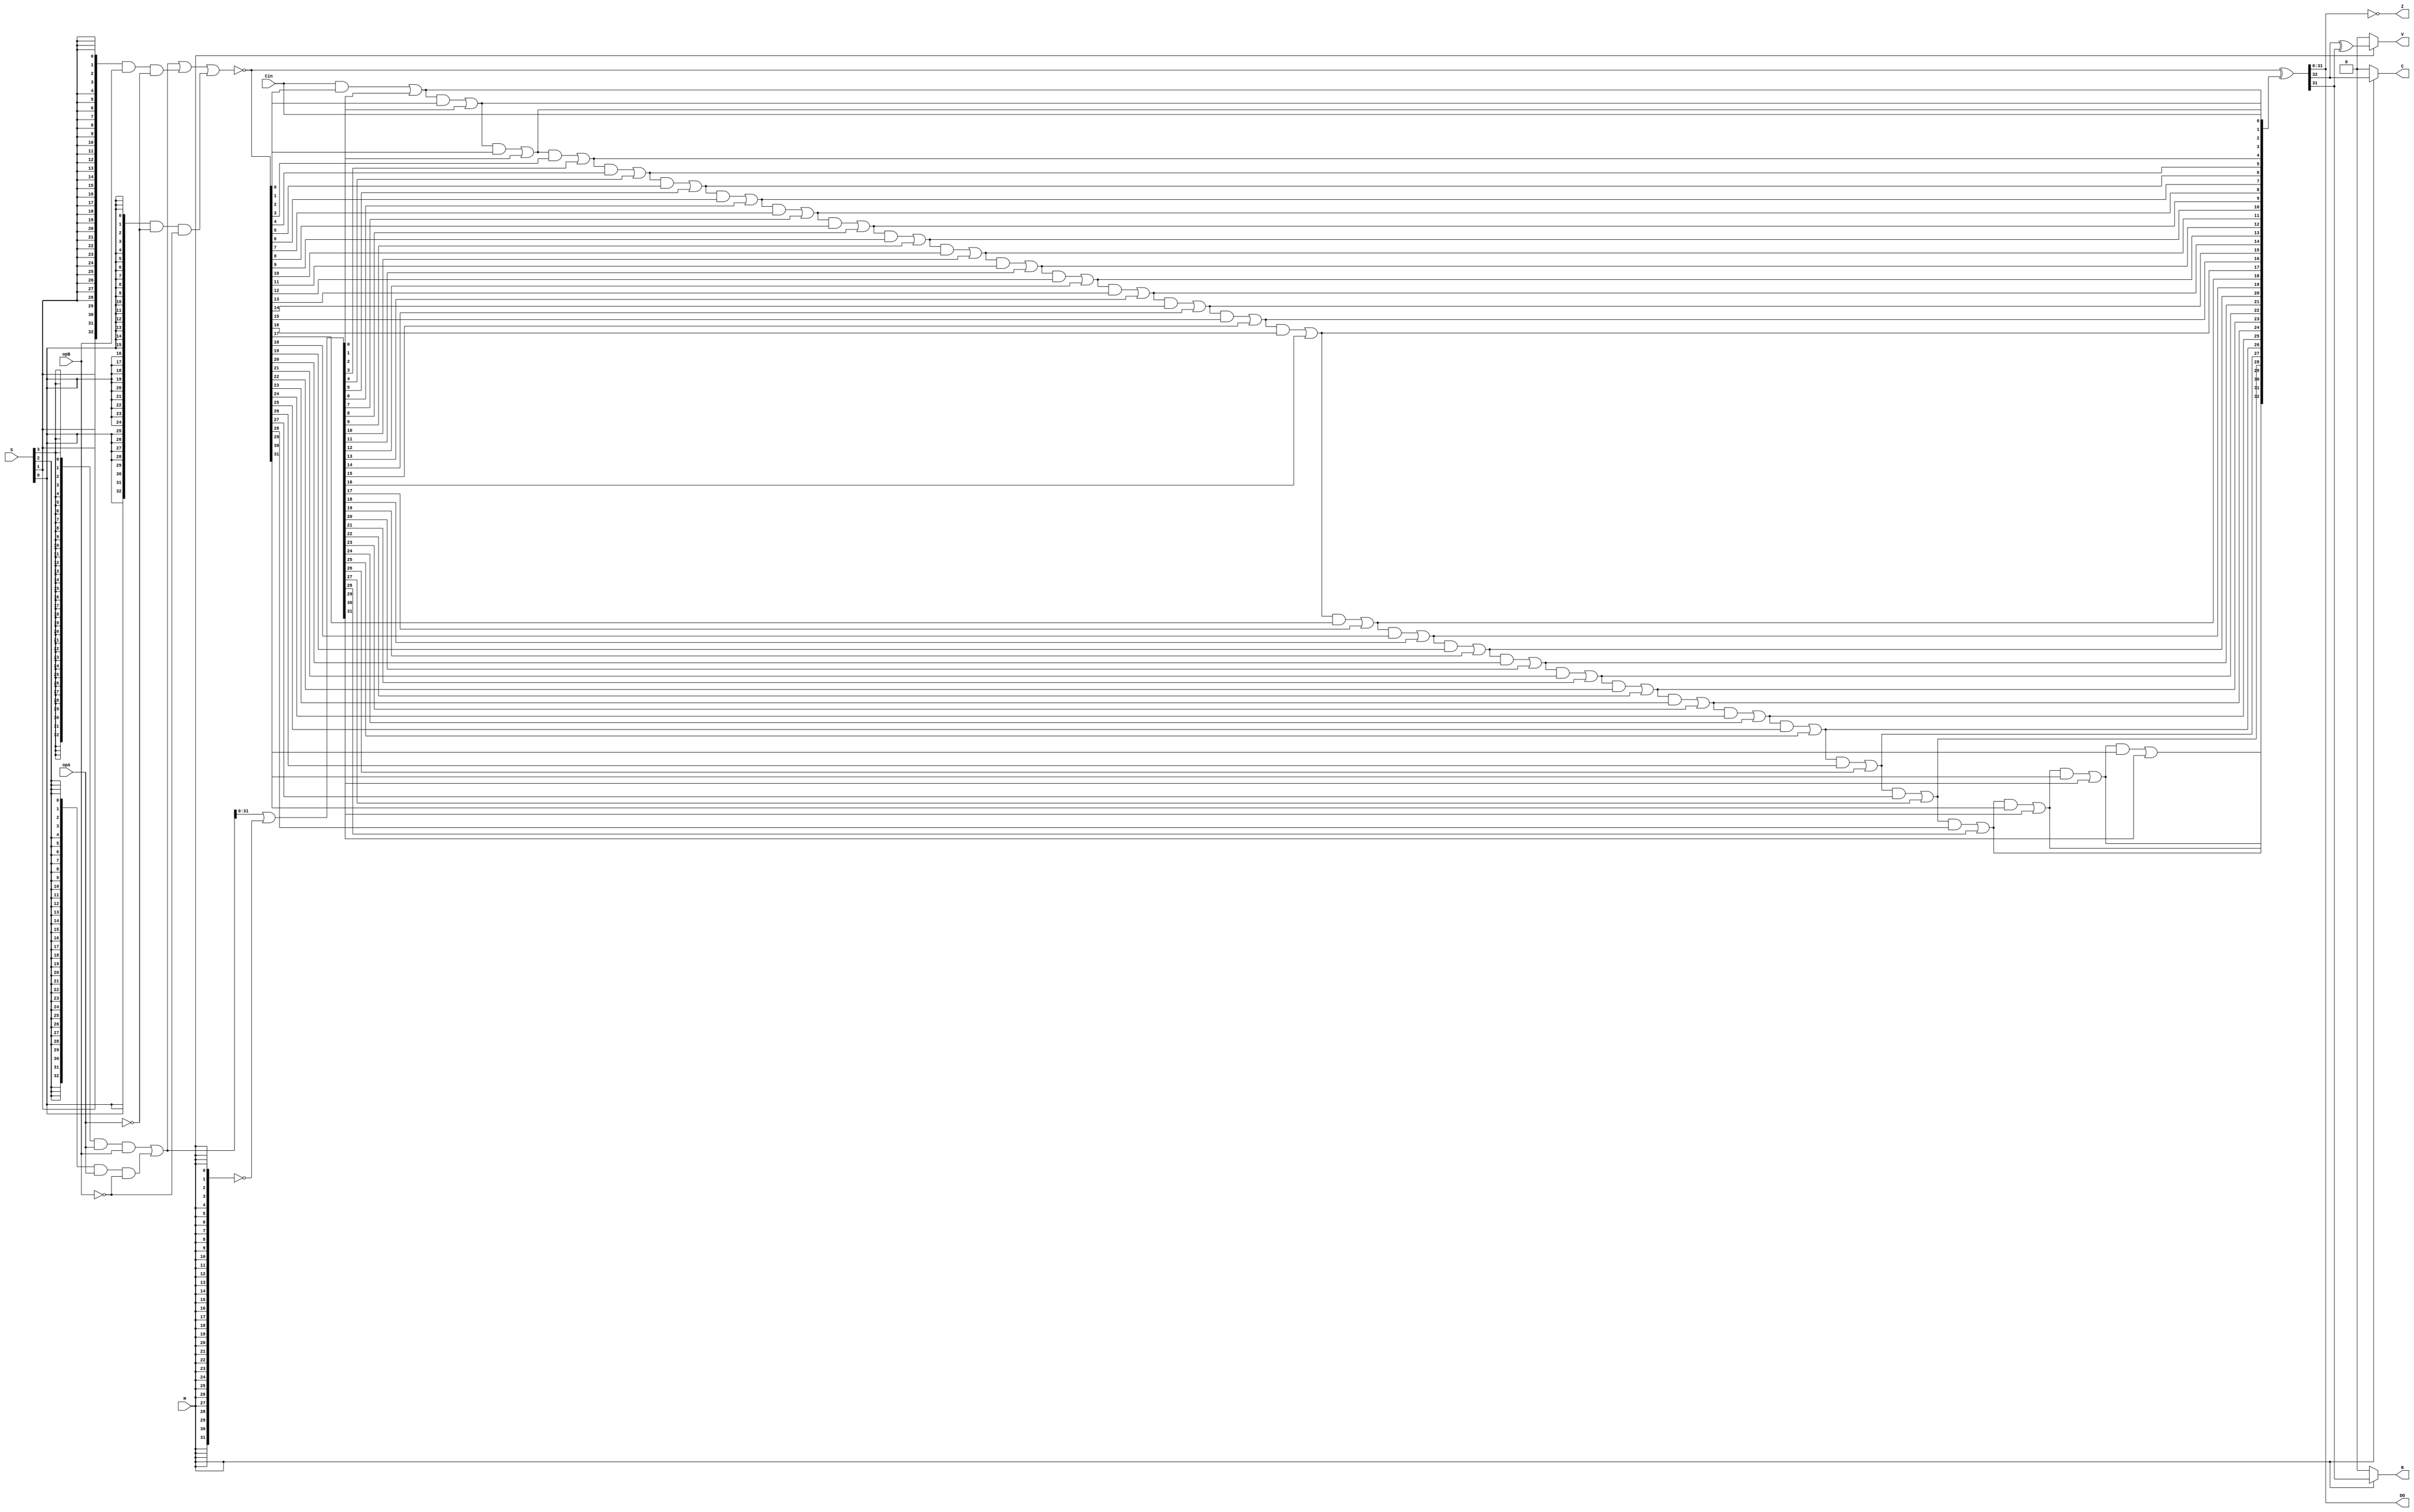
//32ALUALU_Code
module ALU_core#(
	parameter n = 32
	)(
	//input
		opA,	//A
		opB,	//B
		S,		//
		M,		//
		Cin,	//
	//output
		DO,		//
		C,		//
		V,		//
		N,		//DO
		Z,		//DO0
	);
	
	input [n-1:0] opA;
	input [n-1:0] opB;
	input [3:0] 	S;
	input 			M;
	input 		  Cin;
	
	output [n-1:0] DO;
	output 			C;
	output 			V;
	output 			N;
	output 			Z;
	
	//ALU333332
	wire [n:0] opA_ex;
	wire [n:0] opB_ex;
	wire [n:0] 	DO_ex;
	wire [n:0] 		g;
	wire [n:0] 		p;
	wire [n:0] 	   Ci;
	
	wire [n:0] S3_joint;
	wire [n:0] S2_joint;
	wire [n:0] S1_joint;
	wire [n:0] S0_joint;
	wire [n:0] M_joint;
	
	assign S3_joint = {33{S[3]}};
	assign S2_joint = {33{S[2]}};
	assign S1_joint = {33{S[1]}};
	assign S0_joint = {33{S[0]}};
	assign M_joint = {33{M}};
	
	assign opA_ex = {1'b0, opA};
	assign opB_ex = {1'b0, opB};	
	
	
	assign g =   (S3_joint & opA_ex & opB_ex)|(S2_joint & opA_ex & (~opB_ex))|(~M_joint);
	assign p = ~((S3_joint & opA_ex & opB_ex)|(S2_joint & opA_ex & (~opB_ex))|(S1_joint & opB_ex & (~opA_ex))|(S0_joint & (~opA_ex) & (~opB_ex)));
	
	assign Ci[0] = Cin;
	 
	genvar i;
	generate
		for(i=1;i<=32;i=i+1)
			begin: gen_Ci
			assign Ci[i] = ( Ci[i-1] & p[i-1] ) | g[i-1];
			end
	endgenerate

	assign DO_ex = p ^ Ci;
	
	//CVN
	assign DO = DO_ex[31:0];
	assign 	C = (M)?DO_ex[32]:0;
	assign 	V = (M)?(DO_ex[32] ^ DO_ex[31]):0;
	assign 	N = (M)?DO_ex[31]:0;
	assign 	Z = (DO == 0);

	  
endmodule
	
/*	
	always@*
		begin
			case({S,Cin,M})
				000010: DO_ex = 0;
				000110: DO_ex = (!opA_ex)&(!opB_ex);
				001010:	DO_ex = (!opA_ex)&opB_ex;
				001110: DO_ex = !opA_ex;
				010010: DO_ex = opA_ex&(!opB_ex);
				010110: DO_ex = !opB_ex;
				011010: DO_ex = (opA_ex&(!opB_ex))|((!opA_ex)&opB_ex);
				011110: DO_ex = (!opA_ex)|(!opB_ex);
				100010: DO_ex = opA_ex&opB_ex;
				100110: DO_ex = (opA_ex&opB_ex)|((!opA_ex)&(!opB_ex));
				101010: DO_ex = opB_ex;
				101110: DO_ex = (opA_ex&opB_ex)|((!opA_ex)&opB_ex)|((!opA_ex)&(!opB_ex));
				110010: DO_ex = opA_ex;
				110110: DO_ex = (opA_ex&opB_ex)|(opA_ex&(!opB_ex))|((!opA_ex)&(!opB_ex));
				111010: DO_ex = (opA_ex&opB_ex)|((!opA_ex)&opB_ex)|(opA_ex&(!opB_ex));
				111110: DO_ex = {33{1}};
				100101: DO_ex = opA_ex + opB_ex + Cin;
				011011: DO_ex = opA_ex - opB_ex - Cin;
*/